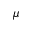
\mu